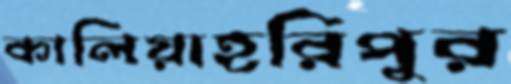
কালিয়াহরিপুর